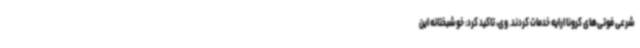
شرعی فوتی‌های کرونا ارایه خدمات کردند. وی، تاکید کرد: خوشبختانه این